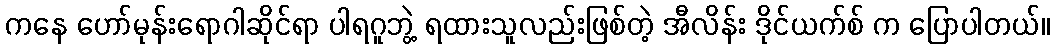
ကနေ ဟော်မုန်းရောဂါဆိုင်ရာ ပါရဂူဘွဲ့ ရထားသူလည်းဖြစ်တဲ့ အီလိန်း ဒိုင်ယက်စ် က ပြောပါတယ်။